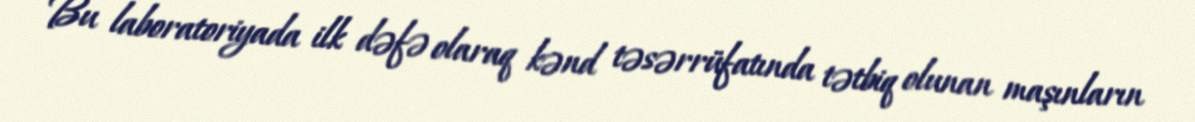
Bu laboratoriyada ilk dəfə olaraq kənd təsərrüfatında tətbiq olunan maşınların